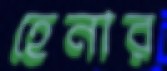
হেনার